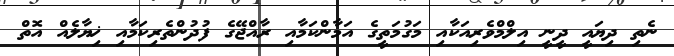
ނެތި ދިޔައީ ދީނީ އިލްމްވެރިއަކާއި މަގުމަތީގެ އަމާންކަމާއި ރާއްޖޭގެ ފުދުންތެރިކަމާއި ޚިޔާލެއް އޮތް